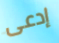
إدعى